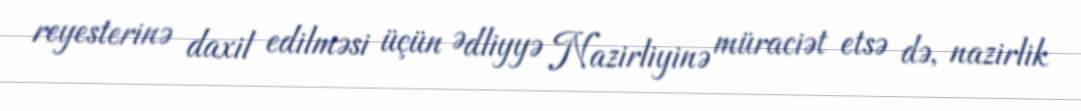
reyesterinə daxil edilməsi üçün Ədliyyə Nazirliyinə müraciət etsə də, nazirlik